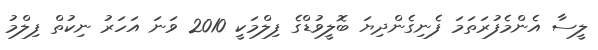
ލީސާ އެންމެފުރަތަމަ ފެނިގެންދިޔަ ބޮލީވުޑްގެ ފިލްމަކީ 2010 ވަނަ އަހަރު ނިކުތް ފިލްމު